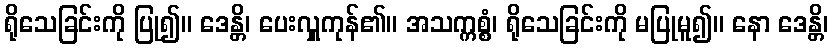
ရိုသေခြင်းကို ပြု၍။ ဒေန္တိ၊ ပေးလှူကုန်၏။ အသက္ကစ္စံ၊ ရိုသေခြင်းကို မပြုမူ၍။ နော ဒေန္တိ၊